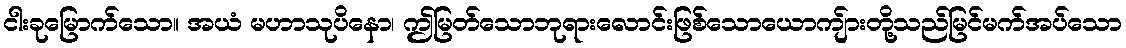
ငါးခုမြောက်သော။ အယံ မဟာသုပိနော၊ ဤမြတ်သောဘုရားလောင်းဖြစ်သောယောကျ်ားတို့သည်မြင်မက်အပ်သော